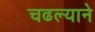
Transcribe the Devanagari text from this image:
चढल्याने